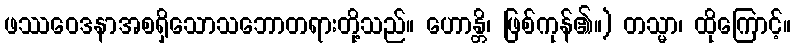
ဖဿဝေဒနာအစရှိသောသဘောတရားတို့သည်။ ဟောန္တိ၊ ဖြစ်ကုန်၏။) တသ္မာ၊ ထိုကြောင့်။